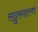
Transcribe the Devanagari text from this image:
सद्गुरुशरण